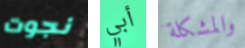
نجوت أبي والمشكلة